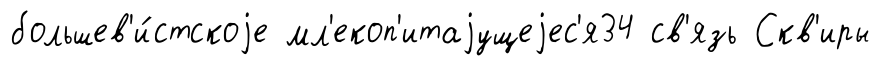
большев'и́стскоjе мл'екоп'итаjущеjес'я34 св'язь Скв'иры